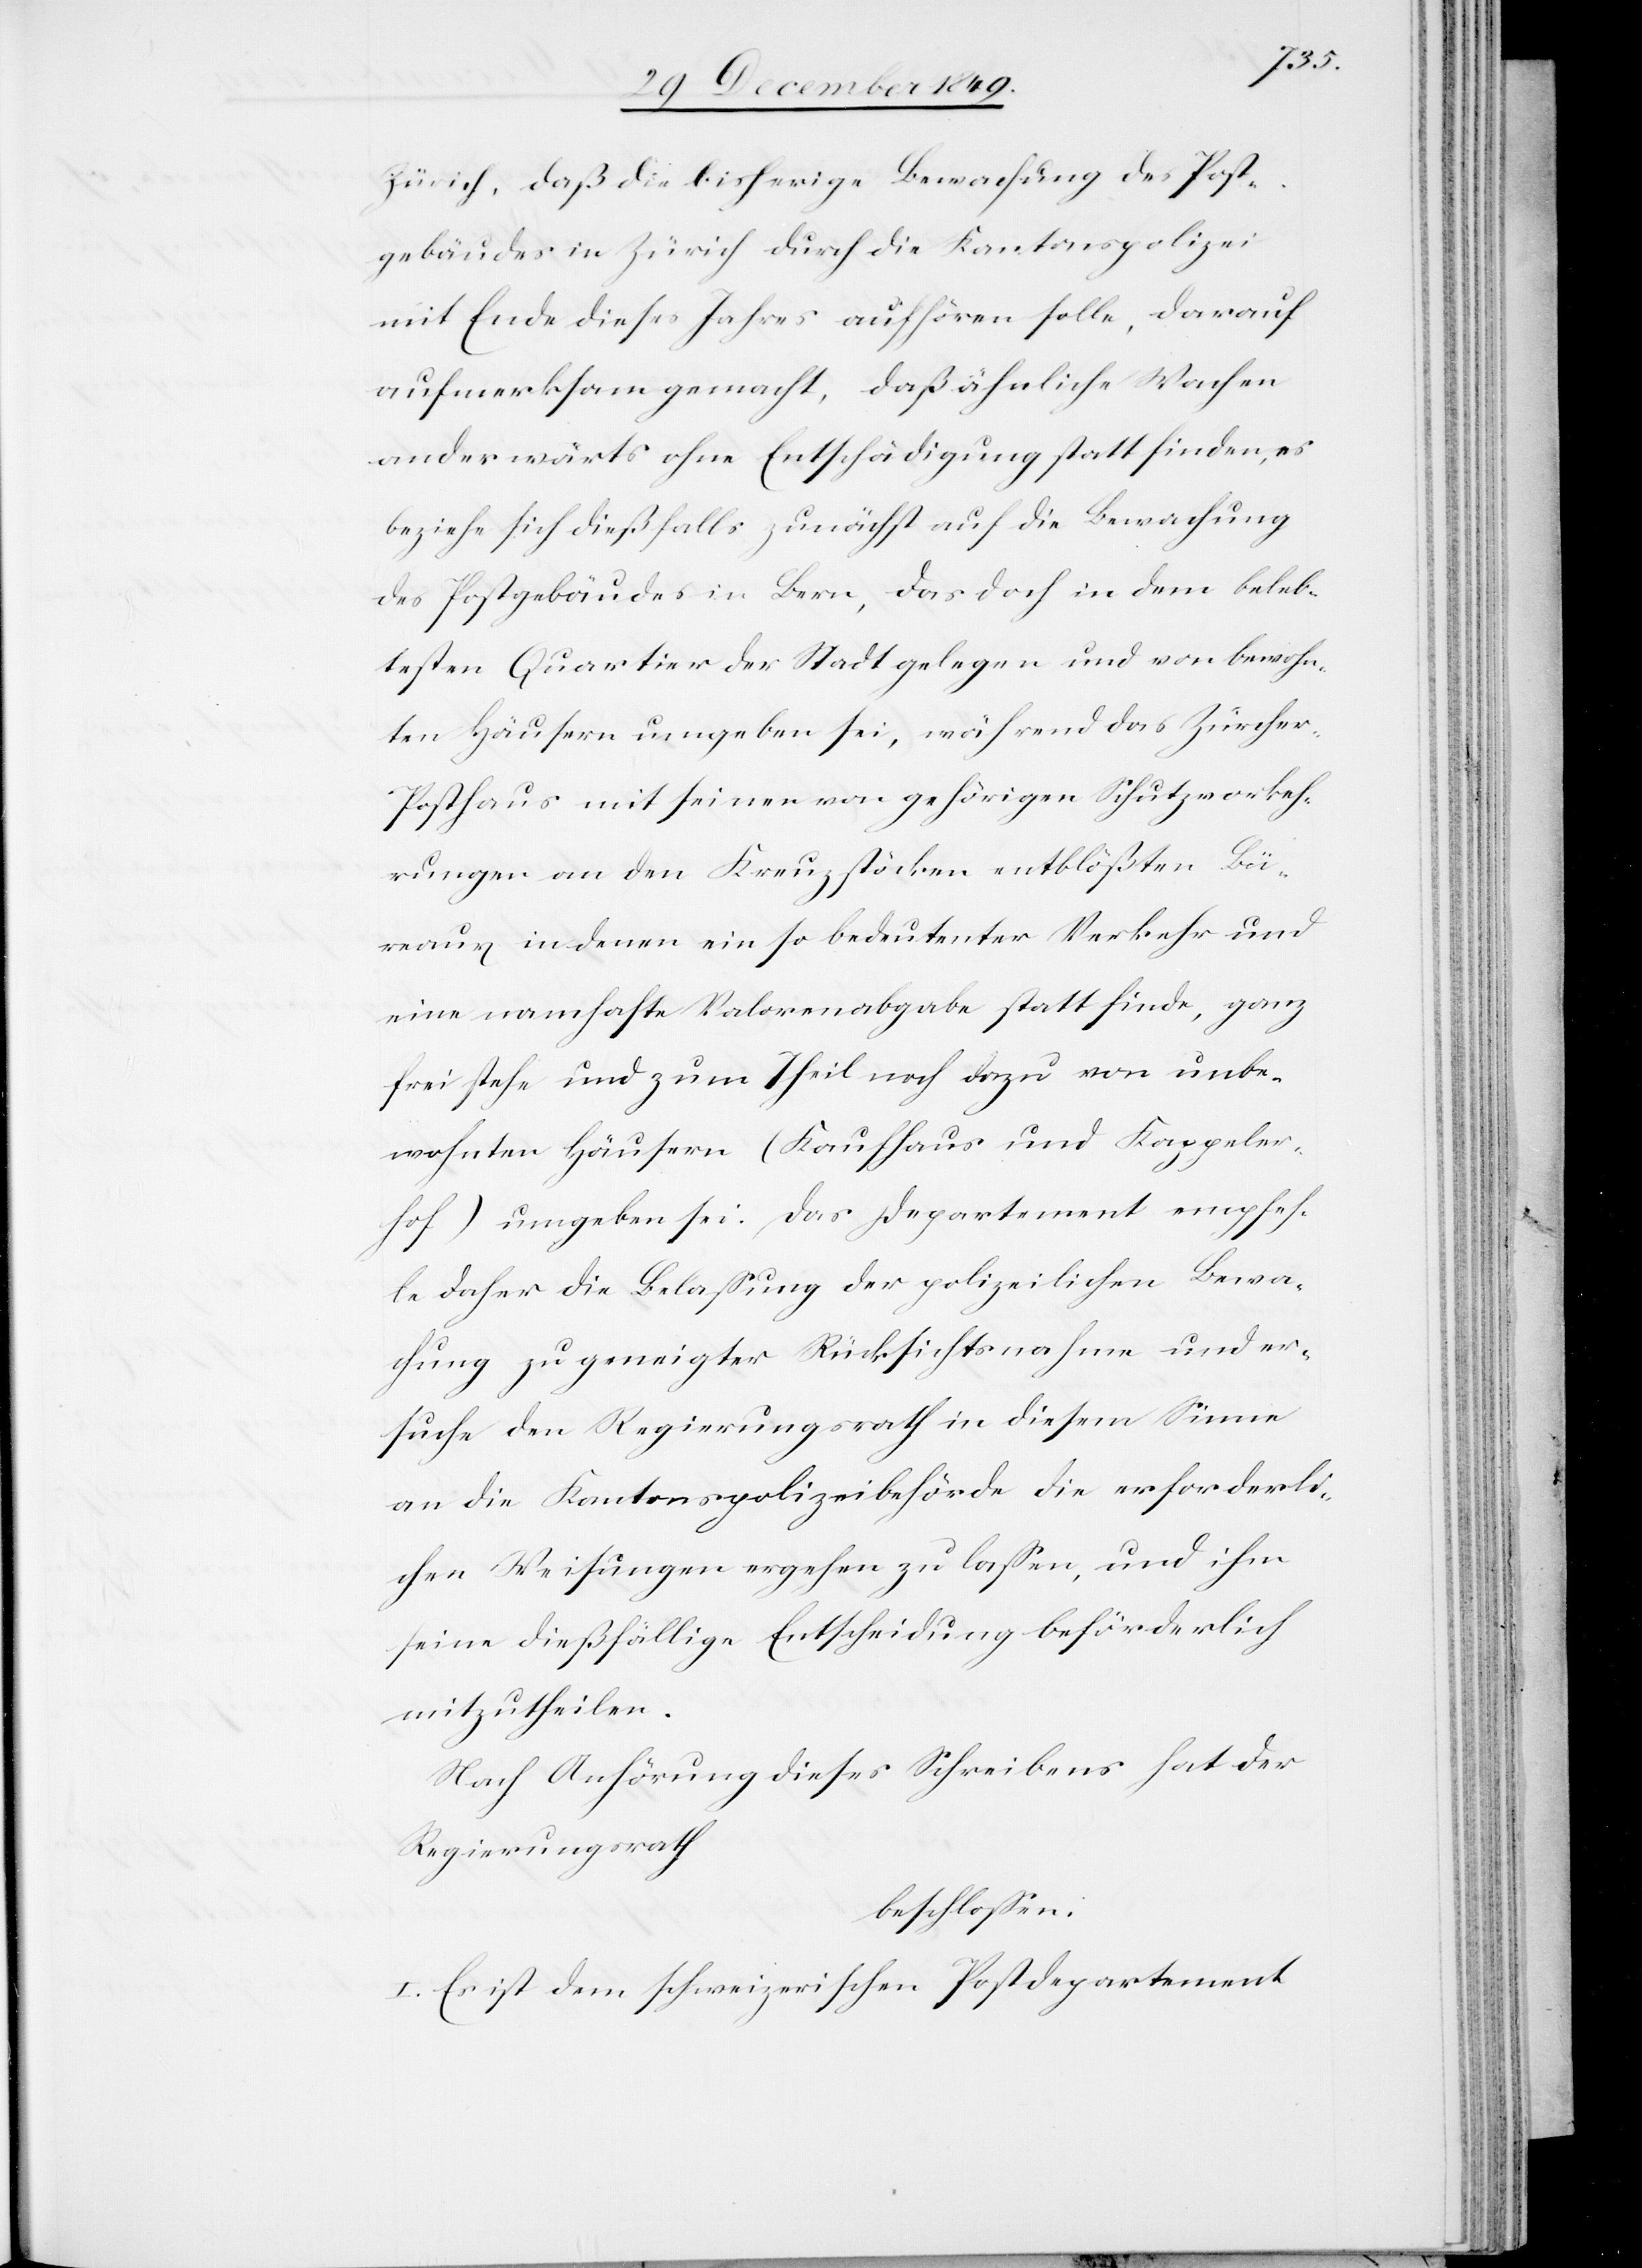
Zürich, daß die bisherige Bewachung des Post¬
gebäudes in Zürich durch die Kantonspolizei
mit Ende dieses Jahres aufhören solle, darauf
aufmerksam gemacht, daß ähnliche Wachen
anderwärts ohne Entschädigung statt finden, es
beziehe sich dießfalls zunächst auf die Bewachung
des Postgebäudes in Bern, das doch in dem beleb¬
testen Quartiere der Stadt gelegen und von bewohn¬
ten Häusern umgeben sei, während das Zürche¬
r-Posthaus mit seinen von gehörigen Schutzvorkeh¬
rungen an den Kreuzstöcken entblößten Bü¬
raux in denen ein so bedeutender Verkehr und
eine namhafte Valorenabgabe statt finde, ganz
frei stehe und zum Theil noch dazu von unbe¬
wohnten Häusern (Kaufhaus und Kappeler¬
hof) umgeben sei: Das Departement empfeh¬
le daher die Belaßung der polizeilichen Bewa¬
chung zu geneigter Rücksichtsnahme und er¬
suche den Regierungsrath in diesem Sinne
an die Kantonspolizeibehörde die erforderli¬
chen Weisungen ergehen zu laßen, und ihm
seine dießfällige Entscheidung beförderlich
mitzutheilen.
Nach Anhörung dieses Schreibens hat der
Regierungsrath
beschloßen:
I. Es ist dem schweizerischen Postdepartement